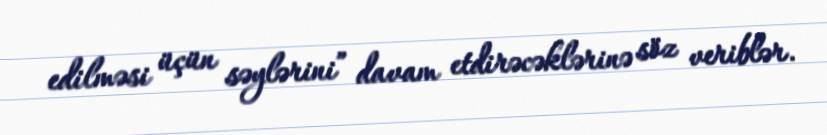
edilməsi üçün səylərini” davam etdirəcəklərinə söz veriblər.